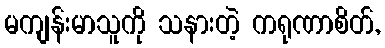
မကျန်းမာသူကို သနားတဲ့ ကရုဏာစိတ်,